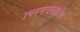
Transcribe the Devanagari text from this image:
उपनगरांसाठीच